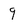
Character: 9